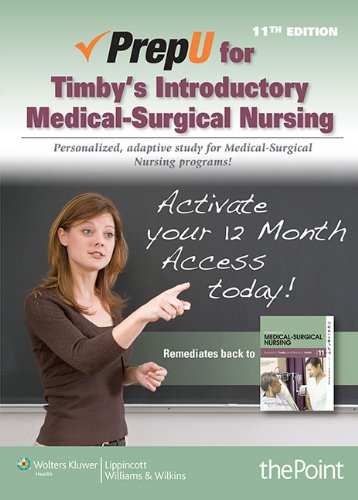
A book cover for PrepU for Timby's Introductory Medical-Surgical Nursing; Barbara K. Timby RN  BC  BSN  MA; Medical Books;